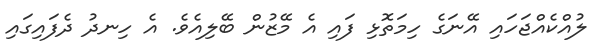
ލުއްކެއްޖަހައި އޭނަގެ ހިމަތޮޅި ފައި އެ މޭޒުން ބޭލިއެވެ. އެ ހިނދު ދެފައިގައި